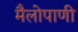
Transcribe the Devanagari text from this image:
मैलोपाणी